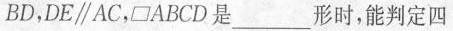
BD,DE\parallel AC，□ABCD是_______形时，能判定四